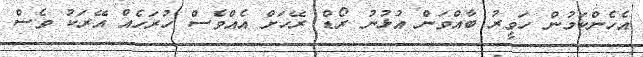
އެހެންކަމުން ހަވީރު ބާއްވަން އުޅުނު ރޯޑް ރޭހަށް އެއްވެސް ހުރަހެއް އޭރަކު ވެސް